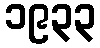
၁၉၃၃